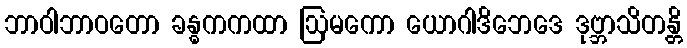
ဘာဝါဘာဝတော ခန္ဓကကထာ ဩမကော ယောဂါဒိဘေဒေ ဒုဗ္ဘာသိတန္တိ